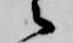
之